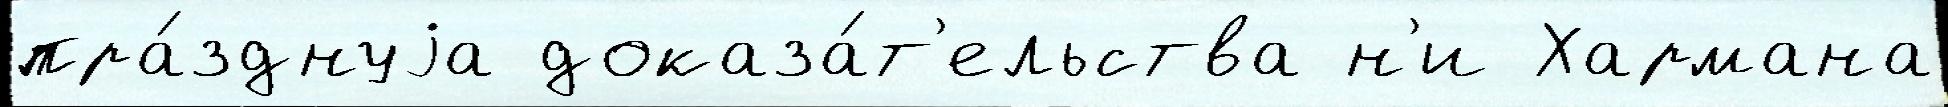
пра́зднуjа доказа́т'ельства н'и Хармана